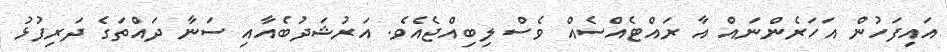
އައިފަހުން އަހަރެންނައް އާ ރައްޓެއްސެއް ވެސް ލިބިއްޖެއެވެ. އަރުޝަދުބެއާއި ސަނާ ދައްތަގެ ދަރިފުޅު